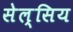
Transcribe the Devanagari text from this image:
सेल्सिय